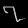
Digit: ၇